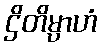
ဌိတိမ္ပာဟံ